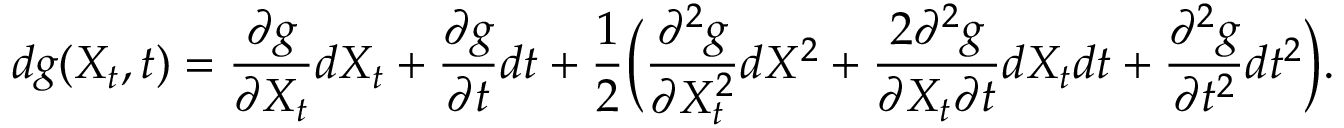
d g ( X _ { t } , t ) = \frac { \partial g } { \partial X _ { t } } d X _ { t } + \frac { \partial g } { \partial t } d t + \frac { 1 } { 2 } \biggl ( { \frac { \partial ^ { 2 } g } { \partial X _ { t } ^ { 2 } } d X ^ { 2 } + \frac { 2 \partial ^ { 2 } g } { \partial X _ { t } \partial t } d X _ { t } d t + \frac { \partial ^ { 2 } g } { \partial t ^ { 2 } } d t ^ { 2 } } \biggr ) .